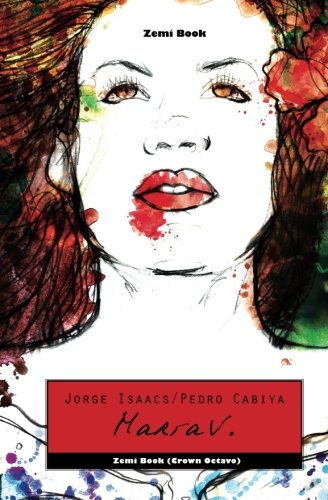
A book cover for MarÃ­a V.: El ClÃ¡sico Romance Latinoamericano Del Siglo XIX - Ahora Con Brutalidad CanÃ­bal (Spanish Edition); Pedro Cabiya; Literature & Fiction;